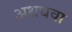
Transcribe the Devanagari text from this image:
अथधवा